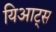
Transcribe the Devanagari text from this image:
यिआट्स